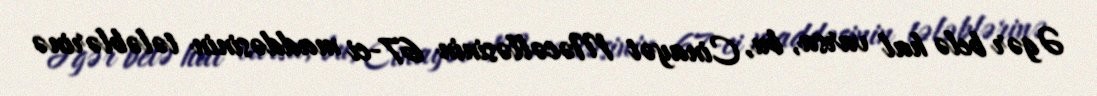
Əgər belə hal varsa, bu, Cinayət Məcəlləsinin 67-ci maddəsinin tələblərinə